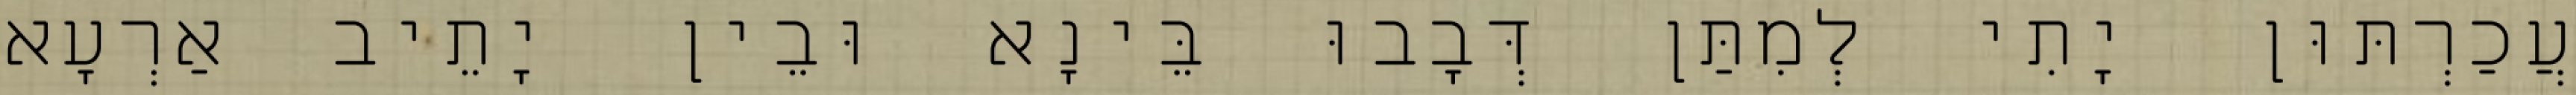
עֲכַרְתּוּן יָתִי לְמִתַּן דְּבָבוּ בֵּינָא וּבֵין יָתֵיב אַרְעָא